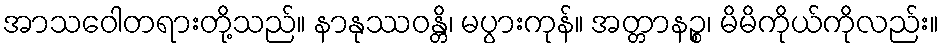
အာသဝေါတရားတို့သည်။ နာနုဿဝန္တိ၊ မပွားကုန်။ အတ္တာနဉ္စ၊ မိမိကိုယ်ကိုလည်း။